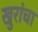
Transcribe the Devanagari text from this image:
खुरांचा